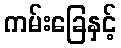
ကမ်းခြေနှင့်